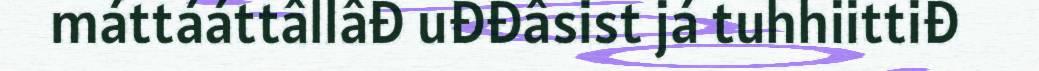
máttááttâllâđ uđđâsist já tuhhiittiđ